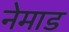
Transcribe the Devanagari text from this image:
नेमाड